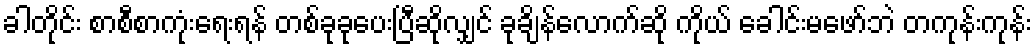
ခါတိုင်း စာစီစာကုံးရေးရန် တစ်ခုခုပေးပြီဆိုလျှင် ခုချိန်လောက်ဆို ကိုယ် ခေါင်းမဖော်ဘဲ တကုန်းကုန်း